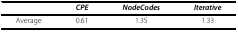
<table><thead><tr><td></td><td><b><i>CPE</i></b></td><td><b><i>NodeCodes</i></b></td><td><b><i>Iterative</i></b></td></tr></thead><tbody><tr><td>Average</td><td>0.61</td><td>1.35</td><td>1.33</td></tr></tbody></table>